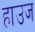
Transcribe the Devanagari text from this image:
हाउज